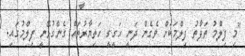
"މި ފިލްމު ތަފާތު ފިލްމަކަށް ވެގެން ދަނީ ހަގީގީ ހަތިޔާރުތައް ގެންގުޅޭނީ ފިލްމުގައި.